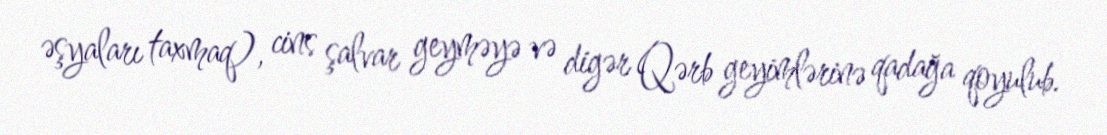
əşyaları taxmaq), cins şalvar geyməyə və digər Qərb geyimlərinə qadağa qoyulub.